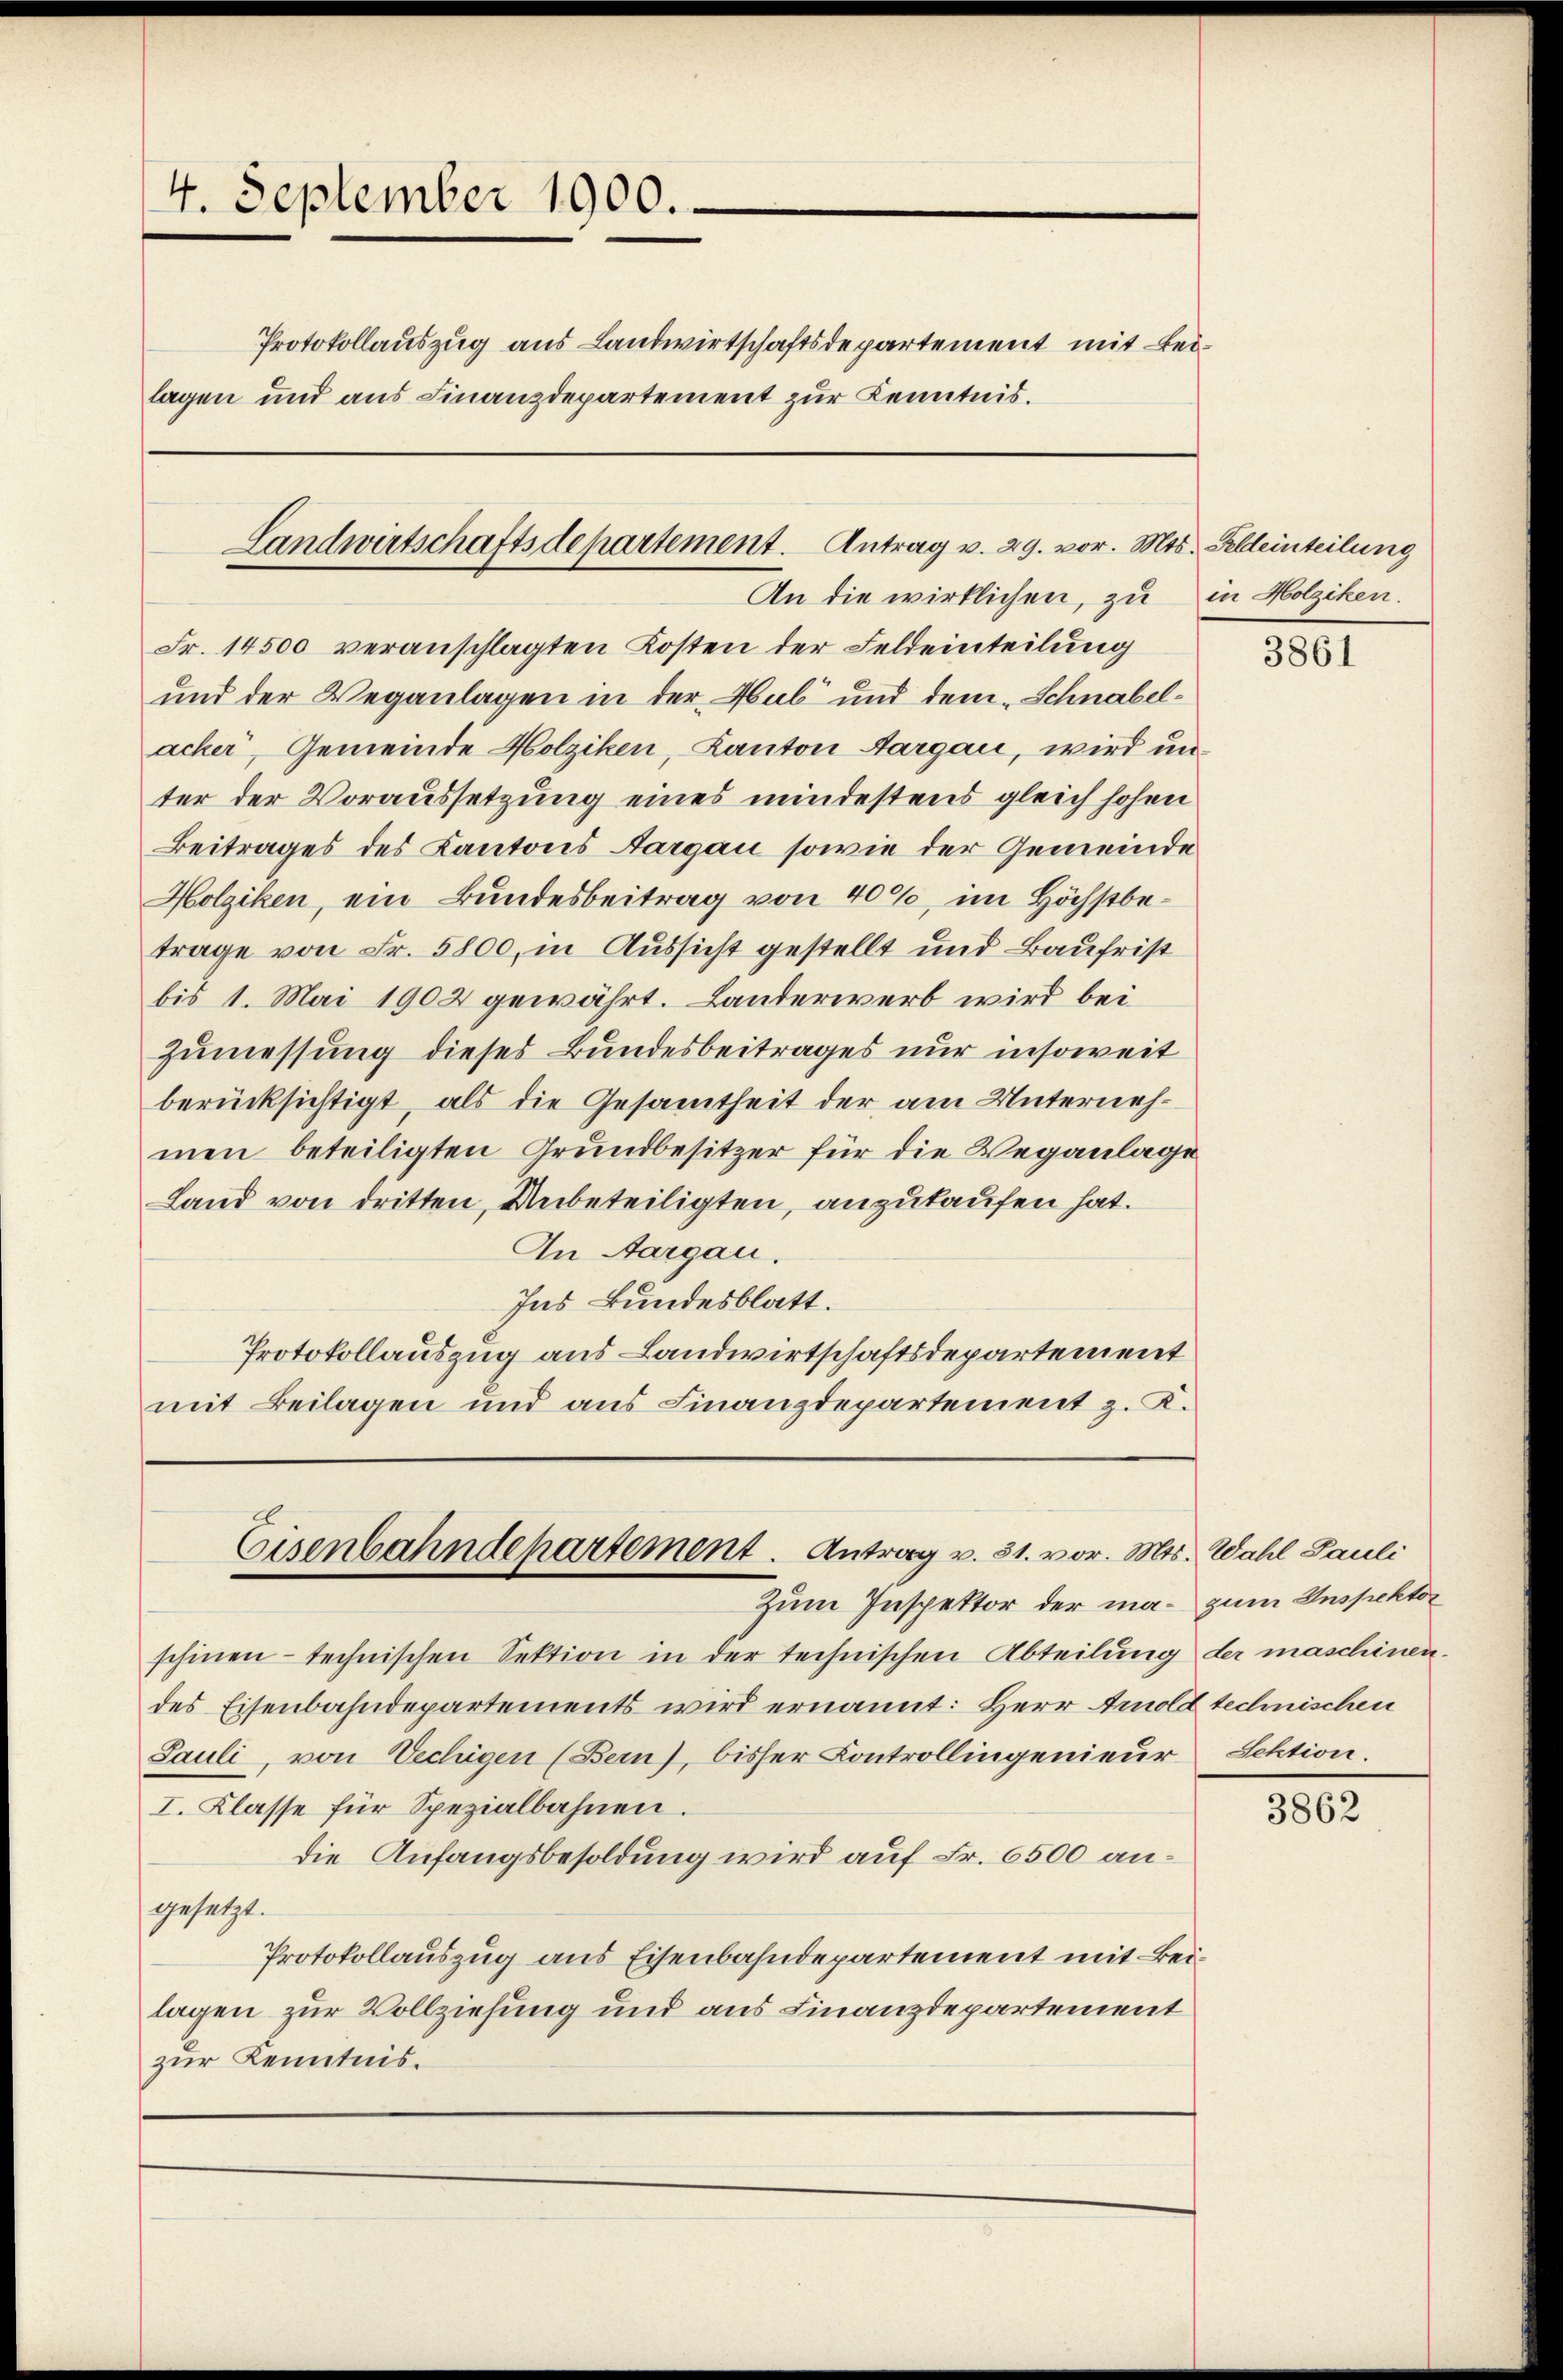
4. September 1900.
Protokollauszug aus Landwirtschaftsdepartement mit Beilagen und aus Finanzdepartement zur Kenntnis.

Fr. 14500 veranschlagten Kosten der Feldeinteilung
und der Weganlagen in der Hub und dem Schnabelacker, Gemeinde Holziken, Kanton Aargau, wird unter der Voraussetzung eines mindestens gleich hohen
Beitrages des Kantons Aargau sowie der Gemeinde
Holziken, ein Bundesbeitrag von 40%, im Höchstbetrage von Fr. 5800, in Aussicht gestellt und Baufrist
bis 1. Mai 1902 gewährt. Landerwerb wird bei
Zumessung dieses Bundesbeitrages nur insoweit
berücksichtigt, als die Gesamtheit der am Unternehmen beteiligten Grundbesitzer für die Weganlage
Land von dritten, Unbeteiligten, anzukaufen hat.
An Aargau.
Ins Bundesblatt.
Protokollauszug aus Landwirtschaftsdepartement
mit Beilagen und aus Finanzdepartement z. K.

Landwirtschaftsdepartement. Antrag v. 29. vor. Mts. Feldeinteilung
An die wirklichen, zu in Holziken.

Eisenbahndepartement. Antrag v. 31. vor. Mts. Wahl Pauli
Zum Inspektor der ma- zum Inspektor

schinen technischen Sektion in der technischen Abteilung der maschinen.
des Eisenbahndepartements wird ernannt: Herr Arnold technischen
Sauli, von Vechigen (Bern), bisser Controllingenieur Sehtion.
I. Klasse für Spezialbahnen.
die Anfangsbesoldung wird auf Fr. 6500 angesetzt.
Protokollauszug aus Eisenbahndepartement mit Beilagen zur Vollziehung und aus Finanzdepartement
zur Kenntnis.

3861

3862